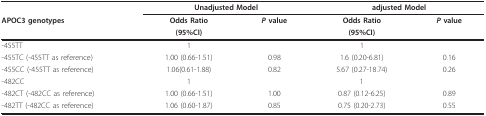
<table><thead><tr><td></td><td colspan="2"><b>Unadjusted Model</b></td><td colspan="2"><b>adjusted Model</b></td></tr><tr><td><b>APOC3 genotypes</b></td><td><b>Odds Ratio</b></td><td><b><i>P </i>value</b></td><td><b>Odds Ratio</b></td><td><b><i>P </i>value</b></td></tr><tr><td></td><td><b>(95%CI)</b></td><td></td><td><b>(95%CI)</b></td><td></td></tr></thead><tbody><tr><td>-455TT</td><td>1</td><td></td><td>1</td><td></td></tr><tr><td>-455TC (-455TT as reference)</td><td>1.00 (0.66-1.51)</td><td>0.98</td><td>1.6 (0.20-6.81)</td><td>0.16</td></tr><tr><td>-455CC (-455TT as reference)</td><td>1.06(0.61-1.88)</td><td>0.82</td><td>5.67 (0.27-18.74)</td><td>0.26</td></tr><tr><td>-482CC</td><td>1</td><td></td><td>1</td><td></td></tr><tr><td>-482CT (-482CC as reference)</td><td>1.00 (0.66-1.51)</td><td>1.00</td><td>0.87 (0.12-6.25)</td><td>0.89</td></tr><tr><td>-482TT (-482CC as reference)</td><td>1.06 (0.60-1.87)</td><td>0.85</td><td>0.75 (0.20-2.73)</td><td>0.55</td></tr></tbody></table>